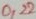
Text: 0,22